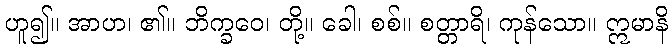
ဟူ၍။ အာဟ၊ ၏။ ဘိက္ခဝေ၊ တို့။ ခေါ၊ စစ်။ စတ္တာရိ၊ ကုန်သော။ ဣမာနိ